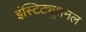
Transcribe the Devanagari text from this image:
इंस्टिट्यूशनल